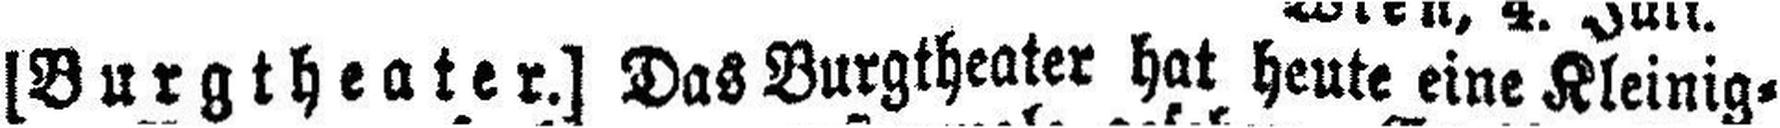
[Burgtheater.] Das Burgtheater hat heute eine Kleinig¬